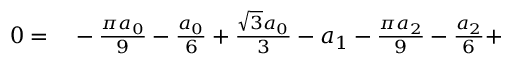
\begin{array} { r l } { 0 = } & { { } - \frac { \pi a _ { 0 } } { 9 } - \frac { a _ { 0 } } { 6 } + \frac { \sqrt { 3 } a _ { 0 } } { 3 } - a _ { 1 } - \frac { \pi a _ { 2 } } { 9 } - \frac { a _ { 2 } } { 6 } + } \end{array}